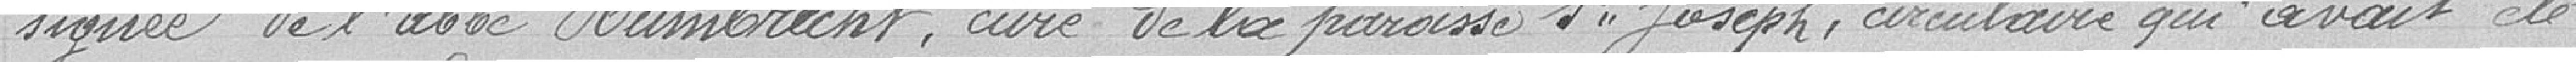
signée de l'abbé Humbrecht, curé de la paroisse Saint Joseph, circulaire qui avait été